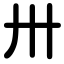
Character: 卅